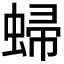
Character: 𧌈